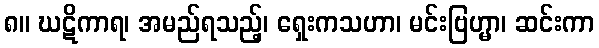
၈။ ဃဋိကာရ၊ အမည်ရသည့်၊ ရှေးကသဟာ၊ မင်းဗြဟ္မာ၊ ဆင်းကာ